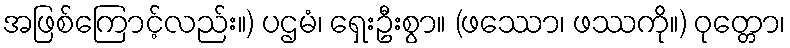
အဖြစ်ကြောင့်လည်း။) ပဌမံ၊ ရှေးဦးစွာ။ (ဖဿော၊ ဖဿကို။) ဝုတ္တော၊